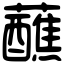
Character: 蘸